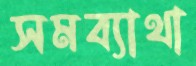
সমব্যাথা